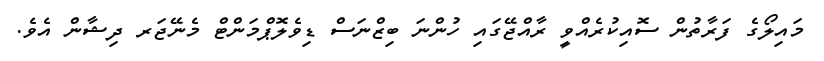
މައިލޯގެ ފަރާތުން ސޮއިކުރެއްވީ ރާއްޖޭގައި ހުންނަ ބިޒްްނަސް ޑިވެލޮޕްމަންޓް މެނޭޖަރ ދިޝާން އެވެ.